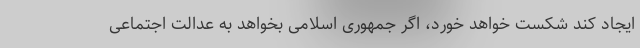
ایجاد کند شکست خواهد خورد، اگر جمهوری اسلامی بخواهد به عدالت اجتماعی